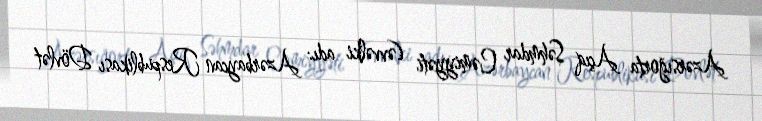
Azərsığorta Açıq Səhmdar Cəmiyyəti (əvvəlki adı: Azərbaycan Respublikası Dövlət